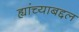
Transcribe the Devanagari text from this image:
ह्यांच्याबद्दल